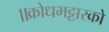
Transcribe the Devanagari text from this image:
॥क्रोधभट्टारको